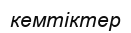
кемтіктер